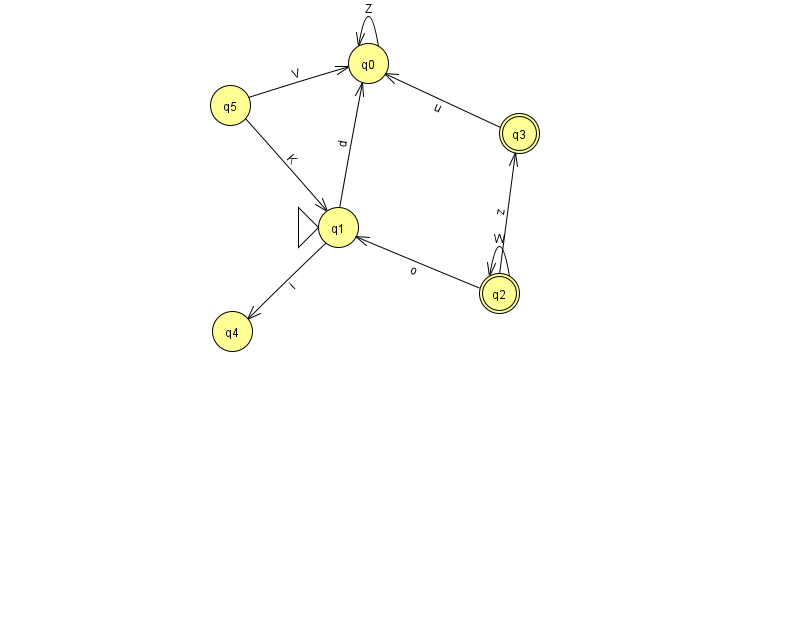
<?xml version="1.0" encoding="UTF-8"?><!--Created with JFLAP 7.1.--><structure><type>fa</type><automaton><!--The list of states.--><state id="0" name="q0"><x>368.0</x><y>50.0</y></state><state id="1" name="q1"><x>338.0</x><y>214.0</y><initial/></state><state id="2" name="q2"><x>499.0</x><y>280.0</y><final/></state><state id="3" name="q3"><x>519.0</x><y>120.0</y><final/></state><state id="4" name="q4"><x>232.0</x><y>318.0</y></state><state id="5" name="q5"><x>230.0</x><y>92.0</y></state><!--The list of transitions.--><transition><from>2</from><to>1</to><read>o</read></transition><transition><from>1</from><to>4</to><read>i</read></transition><transition><from>1</from><to>0</to><read>d</read></transition><transition><from>2</from><to>2</to><read>W</read></transition><transition><from>5</from><to>1</to><read>K</read></transition><transition><from>0</from><to>0</to><read>Z</read></transition><transition><from>5</from><to>0</to><read>V</read></transition><transition><from>2</from><to>3</to><read>z</read></transition><transition><from>3</from><to>0</to><read>u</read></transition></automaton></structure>